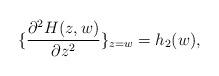
LaTeX: \begin{align*}\{\frac{\partial^2 H(z,w)}{\partial z^2}\}_{z=w} = h_{2}(w),\qquad\qquad\end{align*}